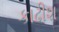
કાઢીશ